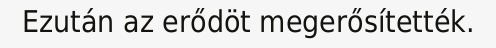
Ezután az erődöt megerősítették.